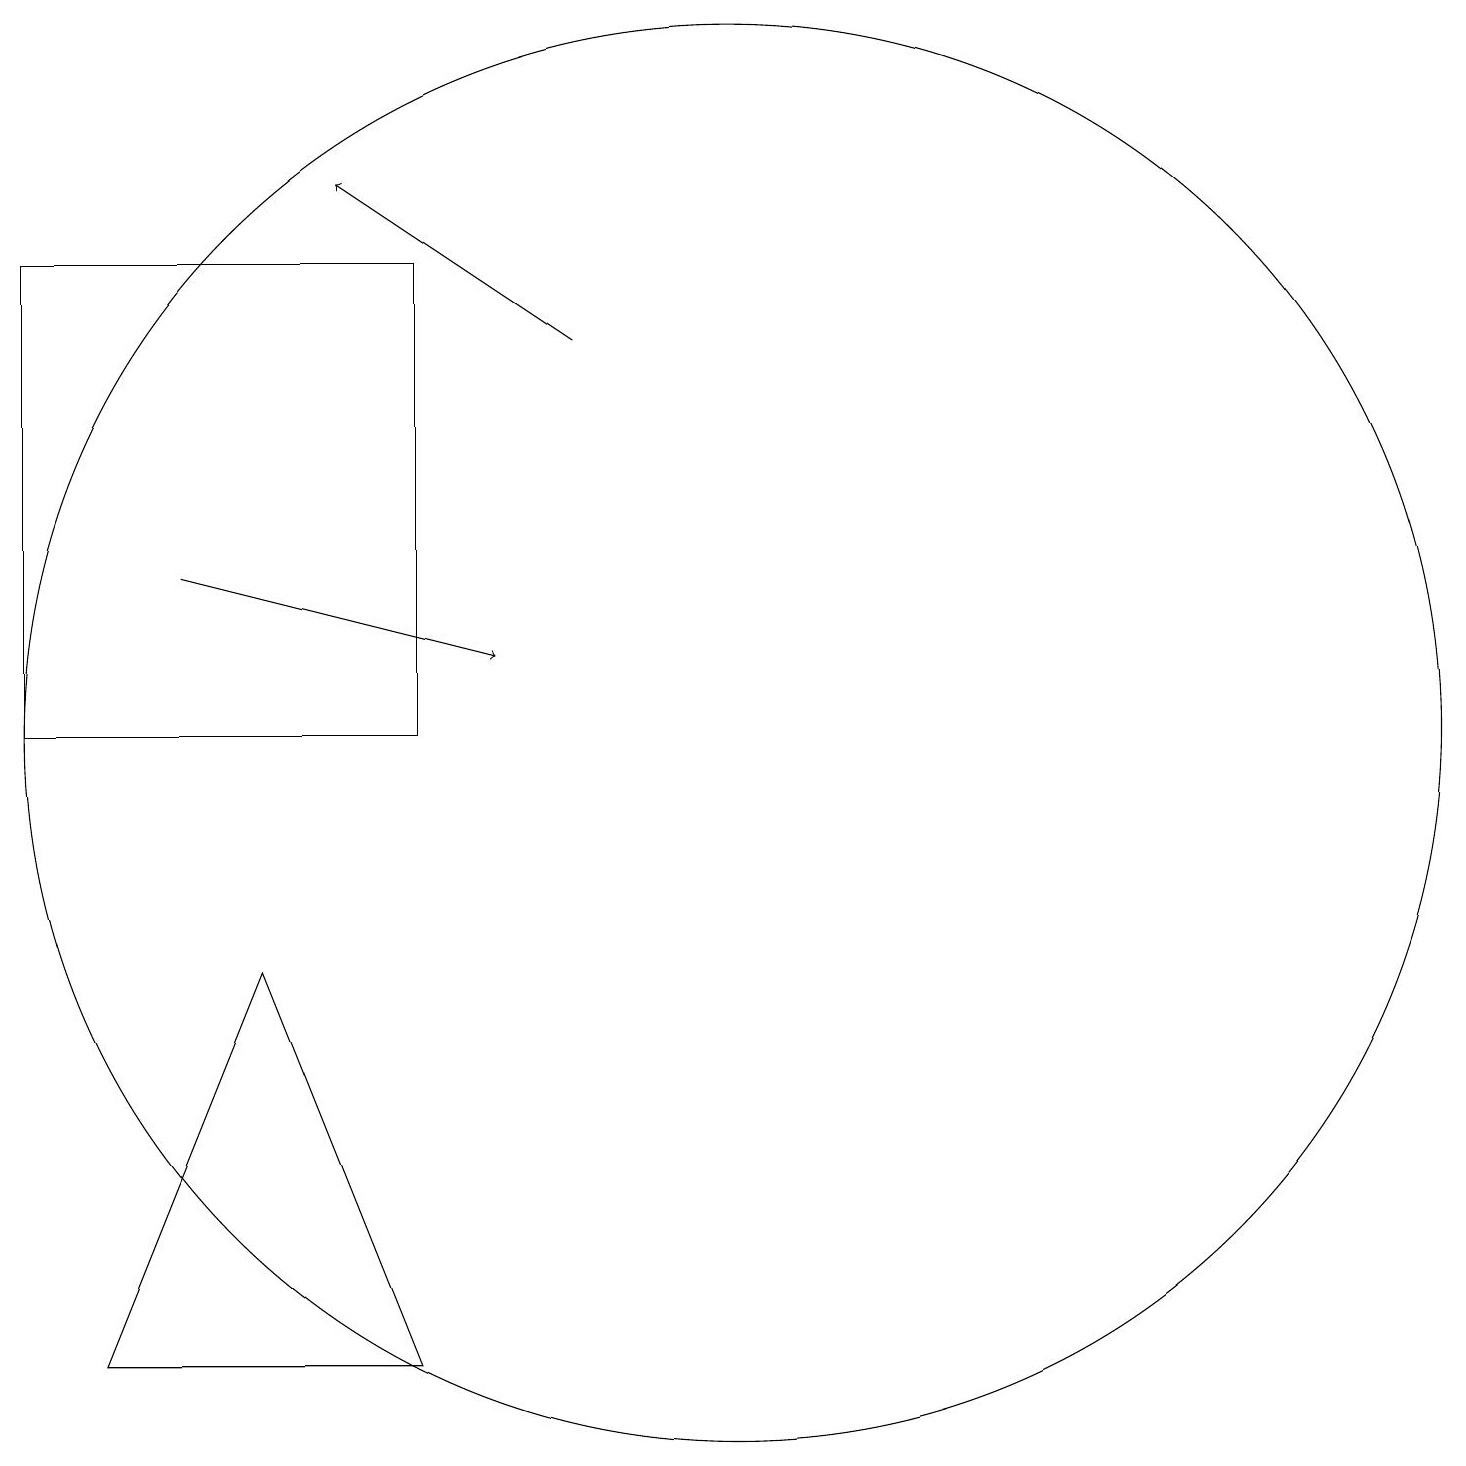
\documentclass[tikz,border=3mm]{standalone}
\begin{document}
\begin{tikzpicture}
\draw (2,16) rectangle (7,10);
\draw[->] (9,15) -- (6,17);
\draw (7,2) -- (5,7) -- (3,2) -- cycle;
\draw (11,10) circle (9);
\draw[->] (4,12) -- (8,11);
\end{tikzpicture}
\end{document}